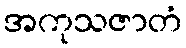
အကုသဇာတံ